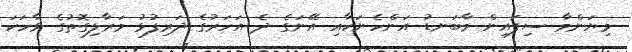
މިޔަންމާ ސިފައިން މާބަނޑު އަންހެނަކާއި އޭނަގެ ދެ އަހަރުގެ ދަރިފުޅު މަރާލިގޮތުގެ ވާހަކަ